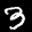
Label: 3